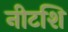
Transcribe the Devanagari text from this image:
नीटशि